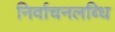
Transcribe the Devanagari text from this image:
निर्वाचनलब्धि